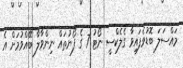
މައްސަލަ ބޮޑުވެފައިވާ ގެލެކްސީ ނޯޓު 7 ގެ ފޯނުތައް ނިންވާލާ ބޭއްވުމަށް އެ